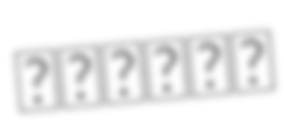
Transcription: سازمان